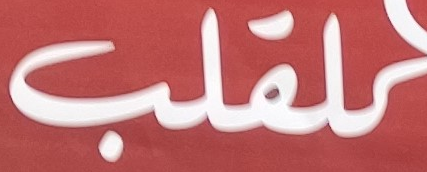
للقلب